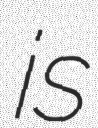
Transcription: is